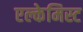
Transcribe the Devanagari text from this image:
एल्केमिस्ट